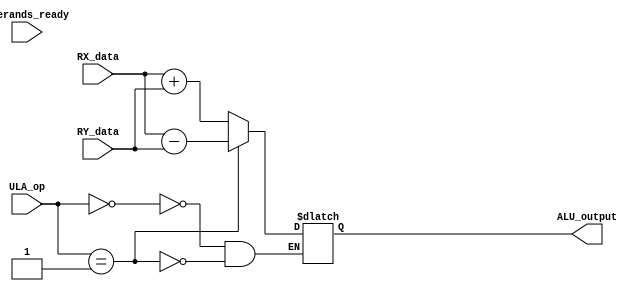
module ULA_LD_SD(
   input [4:0] RX_data,
   input [4:0] RY_data, 
   input [2:0] ULA_op,
	
	// Sinal que indica se os dois operandos esto prontos para a operao
	input operands_ready,
	
   output reg [4:0] ALU_output
);

always @(operands_ready) begin
   case(ULA_op)
		3'b000: ALU_output <= RX_data + RY_data;          // ADD
      3'b001: ALU_output <= RX_data - RY_data;          // SUB
   endcase  
end
  
endmodule